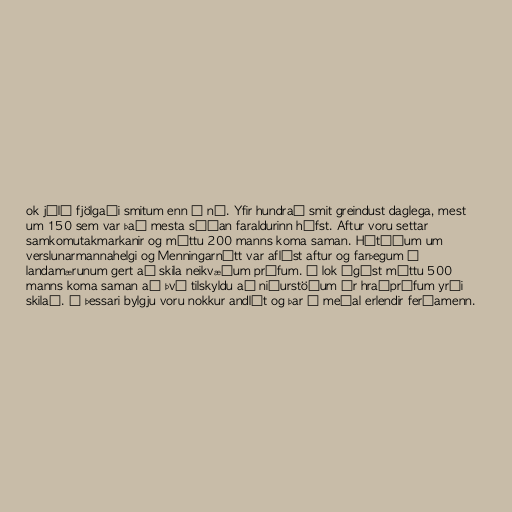
ok júlí fjölgaði smitum enn á ný. Yfir hundrað smit greindust daglega, mest
um 150 sem var það mesta síðan faraldurinn hófst. Aftur voru settar
samkomutakmarkanir og máttu 200 manns koma saman. Hátíðum um
verslunarmannahelgi og Menningarnótt var aflýst aftur og farþegum á
landamærunum gert að skila neikvæðum prófum. Í lok ágúst máttu 500
manns koma saman að því tilskyldu að niðurstöðum úr hraðprófum yrði
skilað. Í þessari bylgju voru nokkur andlát og þar á meðal erlendir ferðamenn.